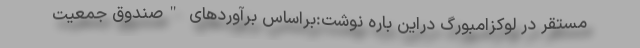
مستقر در لوکزامبورگ دراین باره نوشت:براساس برآوردهای "صندوق جمعیت